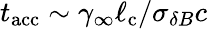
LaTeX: t_{\mathrm{acc}}\sim\gamma_{\infty}\ell_{\mathrm{c}}/\sigma_{\delta B}c